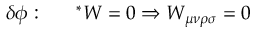
\delta { \phi } : ~ ~ ~ ~ ~ ^ { * } W = 0 \Rightarrow W _ { \mu \nu \rho \sigma } = 0